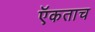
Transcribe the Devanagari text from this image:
ऍकताच